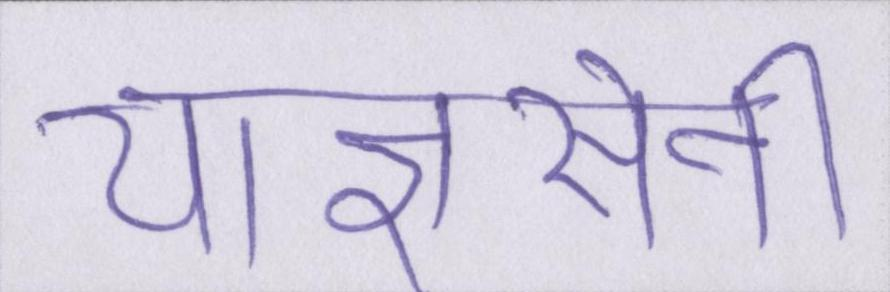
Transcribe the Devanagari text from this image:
याज्ञसेनी